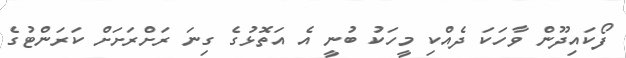
ފޯކައިދޫން ވާހަކަ ދެއްކި މީހަކު ބުނީ އެ އަތޮޅުގެ ގިނަ ރަށްރަށަށް ކަރަންޓުގެ